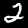
Label: 2